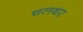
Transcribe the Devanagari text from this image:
चलथर